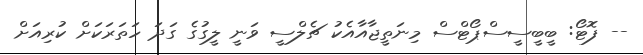
-- ފޮޓޯ: ބީބީސީސްޕޯޓްސް މިނަތީޖާއާއެކު ޗެލްސީ ވަނީ ލީގުގެ ގަދަ ހަތަރަކަށް ކުރިއަށް